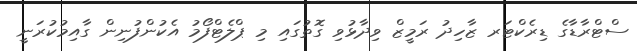
ސްޓްރާޑާގެ ޑިރެކްޓަރ ޒާހިދު ރަމީޒް ވިދާޅުވި ގޮތުގައި މި ޕްލެޓްފޯމު އެކުންފުނިން ގާއިމުކުރަނީ